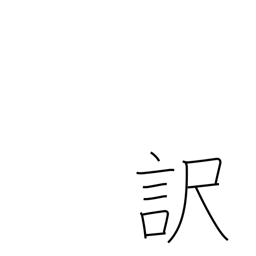
Meaning: reason